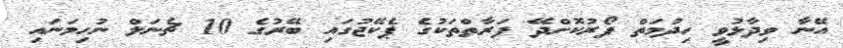
އޭނާ ވިދާޅުވީ ހިދުމަތް ފޯރުކޮށްދޭ ފަރާތްތަކުގެ ޕެކޭޖުގައި ބޭރުގެ 10 ޗެނަލް ނުހިމަނައި